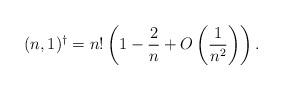
LaTeX: \begin{align*}(n,1)^{\dagger} = n! \left(1-\frac{2}{n} + O\left(\frac{1}{n^2}\right) \right).\end{align*}